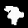
Digit: 7